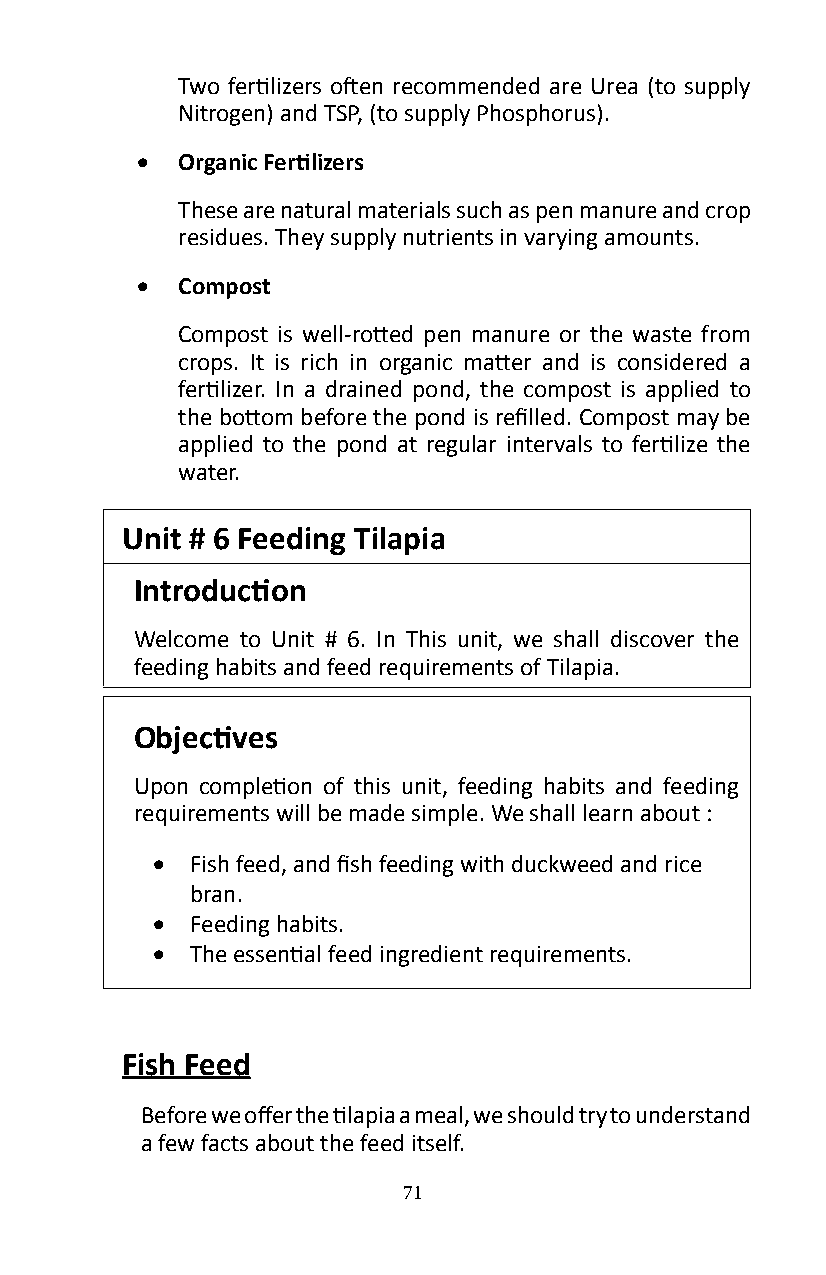
Two fertilizers often recommended are Urea (to supply
 Nitrogen) and TSP, (to supply Phosphorus).
 •  Organic Fertilizers
 These are natural materials such as pen manure and crop
 residues� They supply nutrients in varying amounts�
 •  Compost
 Compost is well-rotted pen manure or the waste from
 crops. It is rich in organic matter and is considered a
 fertilizer. In a drained pond, the compost is applied to
 the bottom before the pond is refilled. Compost may be
 applied to the pond at regular intervals to fertilize the
 water�
 Unit # 6 Feeding Tilapia
 Introduction
 Welcome to Unit # 6� In This unit, we shall discover the
 feeding habits and feed requirements of Tilapia�
 Objectives
 Upon completion of this unit, feeding habits and feeding
 requirements will be made simple� We shall learn about :
 •  Fish feed, and fish feeding with duckweed and rice
 bran�
 •  Feeding habits�
 •  The essential feed ingredient requirements.
 Fish Feed
 Before we offer the tilapia a meal, we should try to understand
 a few facts about the feed itself�
 71